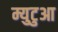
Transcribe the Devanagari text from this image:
म्युटुआ